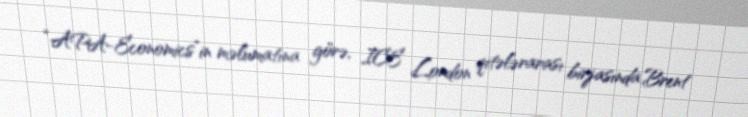
“APA-Economics”in məlumatına görə, ICE London qitələrarası birjasında Brent